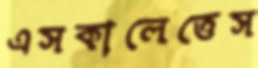
এসকালেত্তেস